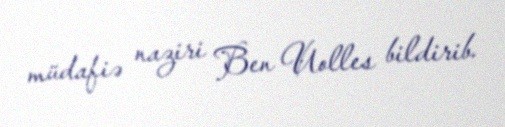
müdafiə naziri Ben Uolles bildirib.